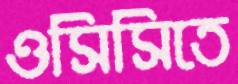
ওসিসিতে